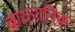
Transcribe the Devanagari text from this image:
बायरानिक